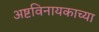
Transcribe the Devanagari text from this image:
अष्टविनायकाच्या